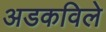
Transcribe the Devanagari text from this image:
अडकविले